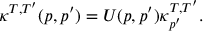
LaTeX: \kappa ^ { T , T ^ { \prime } } ( p , p ^ { \prime } ) = U ( p , p ^ { \prime } ) \kappa _ { p ^ { \prime } } ^ { T , T ^ { \prime } } .